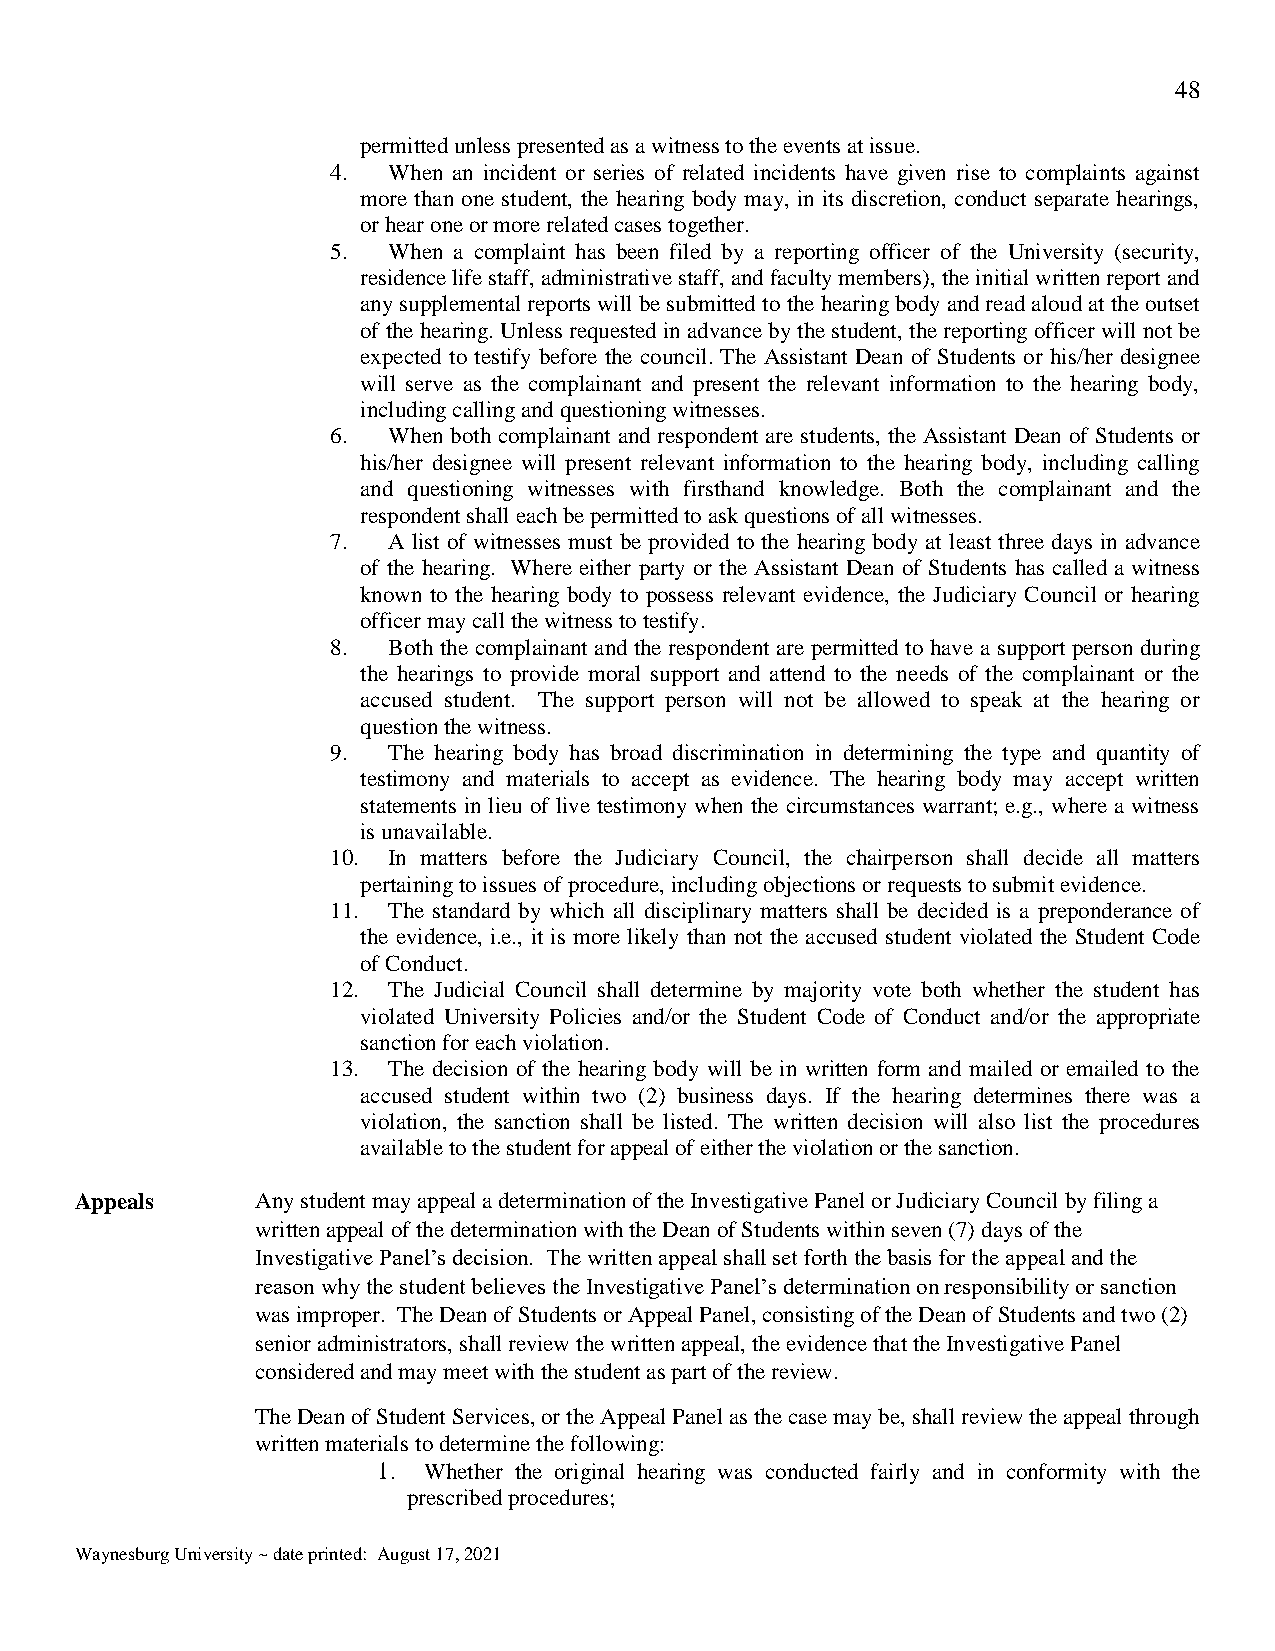
48
 permitted unless presented as a witness to the events at issue.
 4.  When an incident or series of related incidents have given rise to complaints against
 more than one student, the hearing body may, in its discretion, conduct separate hearings,
 or hear one or more related cases together.
 5.  When a complaint has been filed by a reporting officer of the University (security,
 residence life staff, administrative staff, and faculty members), the initial written report and
 any supplemental reports will be submitted to the hearing body and read aloud at the outset
 of the hearing. Unless requested in advance by the student, the reporting officer will not be
 expected to testify before the council. The Assistant Dean of Students or his/her designee
 will serve as the complainant and present the relevant information to the hearing body,
 including calling and questioning witnesses.
 6.  When both complainant and respondent are students, the Assistant Dean of Students or
 his/her designee will present relevant information to the hearing body, including calling
 and questioning witnesses with firsthand knowledge. Both the complainant and the
 respondent shall each be permitted to ask questions of all witnesses.
 7.  A list of witnesses must be provided to the hearing body at least three days in advance
 of the hearing. Where either party or the Assistant Dean of Students has called a witness
 known to the hearing body to possess relevant evidence, the Judiciary Council or hearing
 officer may call the witness to testify.
 8.  Both the complainant and the respondent are permitted to have a support person during
 the hearings to provide moral support and attend to the needs of the complainant or the
 accused student. The support person will not be allowed to speak at the hearing or
 question the witness.
 9.  The hearing body has broad discrimination in determining the type and quantity of
 testimony and materials to accept as evidence. The hearing body may accept written
 statements in lieu of live testimony when the circumstances warrant; e.g., where a witness
 is unavailable.
 10. In matters before the Judiciary Council, the chairperson shall decide all matters
 pertaining to issues of procedure, including objections or requests to submit evidence.
 11. The standard by which all disciplinary matters shall be decided is a preponderance of
 the evidence, i.e., it is more likely than not the accused student violated the Student Code
 of Conduct.
 12. The Judicial Council shall determine by majority vote both whether the student has
 violated University Policies and/or the Student Code of Conduct and/or the appropriate
 sanction for each violation.
 13. The decision of the hearing body will be in written form and mailed or emailed to the
 accused student within two (2) business days. If the hearing determines there was a
 violation, the sanction shall be listed. The written decision will also list the procedures
 available to the student for appeal of either the violation or the sanction.
 Appeals     Any student may appeal a determination of the Investigative Panel or Judiciary Council by filing a
 written appeal of the determination with the Dean of Students within seven (7) days of the
 Investigative Panel’s decision. The written appeal shall set forth the basis for the appeal and the
 reason why the student believes the Investigative Panel’s determination on responsibility or sanction
 was improper. The Dean of Students or Appeal Panel, consisting of the Dean of Students and two (2)
 senior administrators, shall review the written appeal, the evidence that the Investigative Panel
 considered and may meet with the student as part of the review.
 The Dean of Student Services, or the Appeal Panel as the case may be, shall review the appeal through
 written materials to determine the following:
 1. Whether the original hearing was conducted fairly and in conformity with the
 prescribed procedures;
 Waynesburg University ~ date printed: August 17, 2021